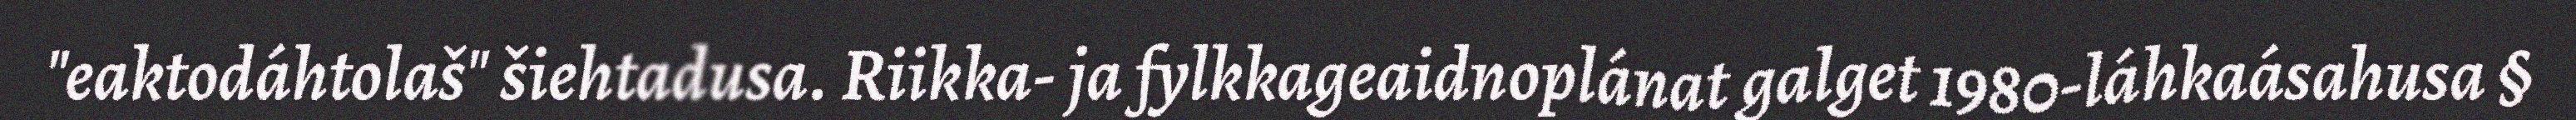
"eaktodáhtolaš" šiehtadusa. Riikka- ja fylkkageaidnoplánat galget 1980-láhkaásahusa §